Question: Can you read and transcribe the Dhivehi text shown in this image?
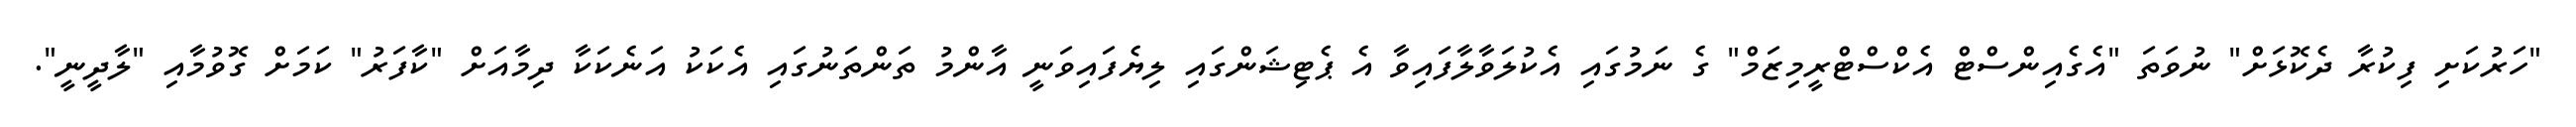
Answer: "ހަރުކަށި ފިކުރާ ދެކޮޅަށް" ނުވަތަ "އެގެއިންސްޓް އެކްސްޓްރީމިޒަމް" ގެ ނަމުގައި އެކުލަވާލާފައިވާ އެ ޕެޓިޝަންގައި ލިޔެފައިވަނީ އާންމު ތަންތަނުގައި އެކަކު އަނެކަކާ ދިމާއަށް "ކާފަރު" ކަމަށް ގޮވުމާއި "ލާދީނީ".